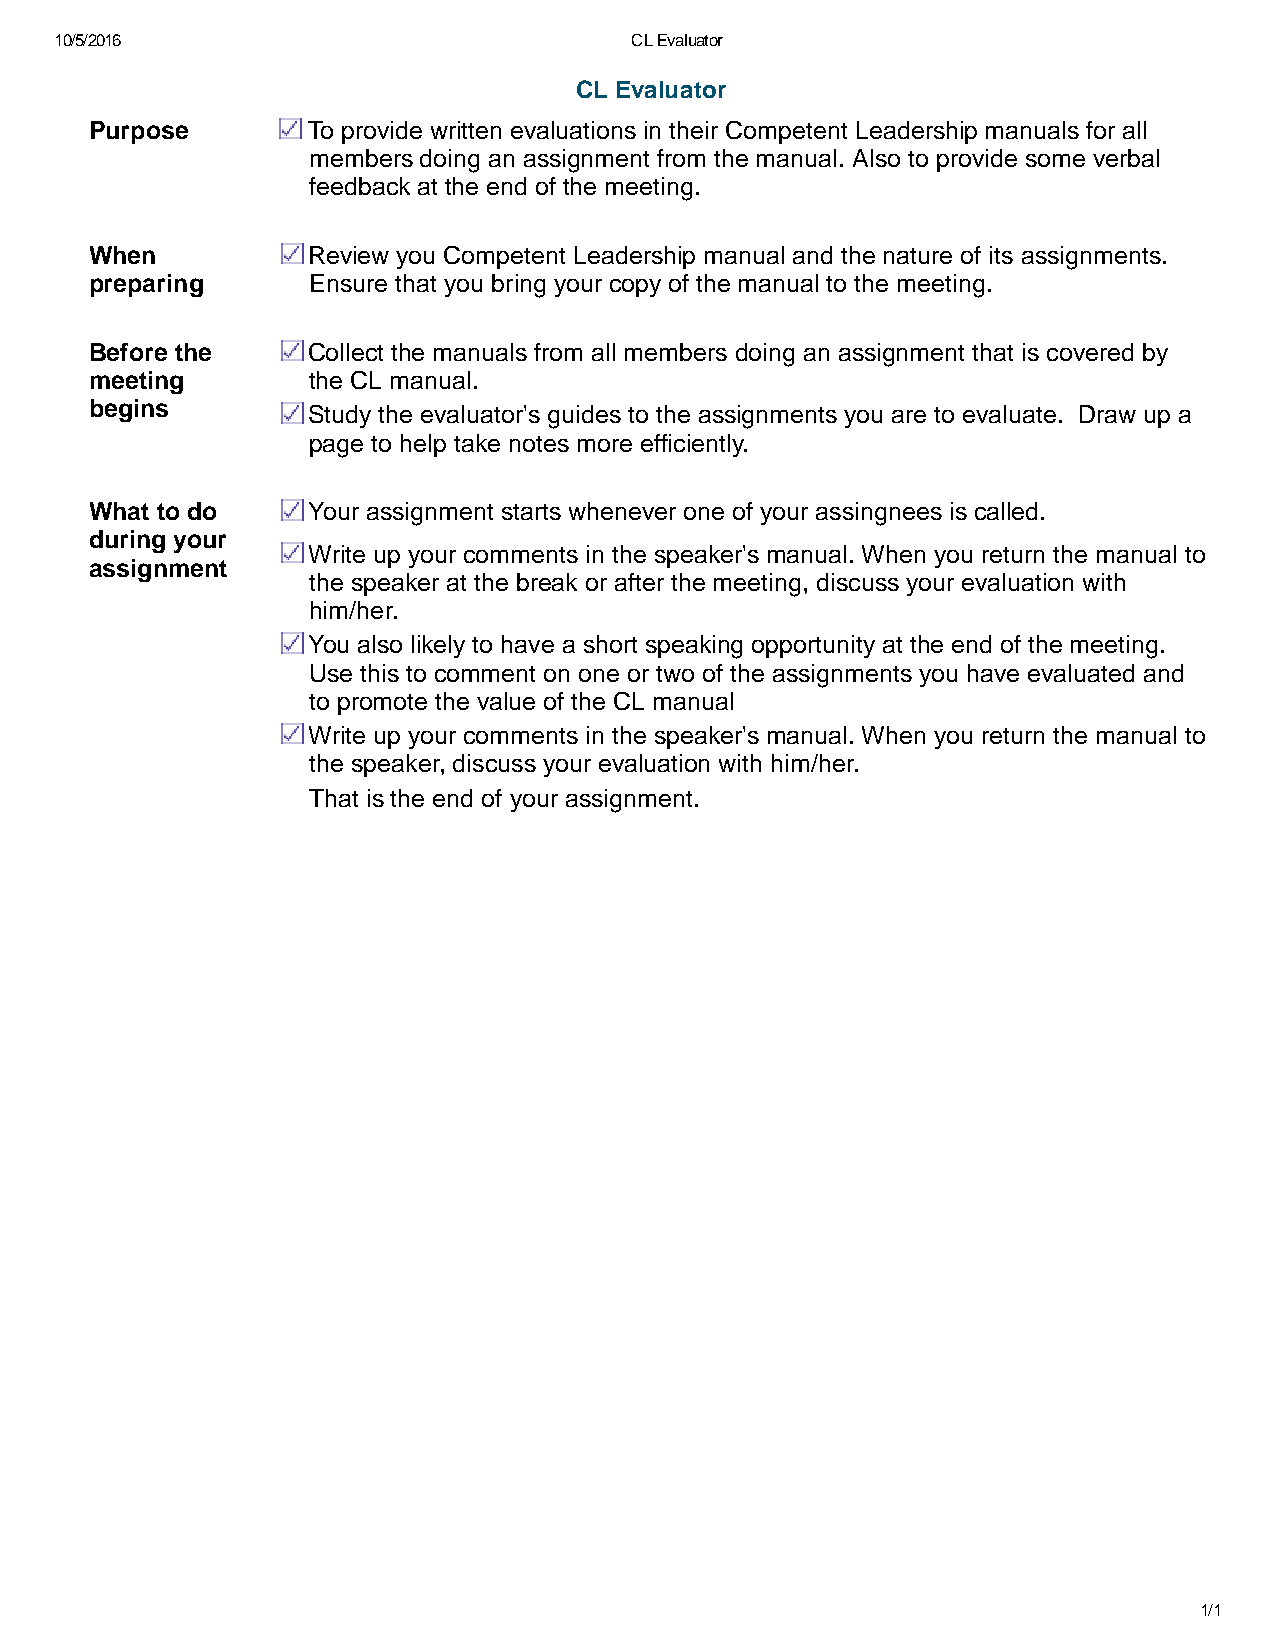
10/5/2016                             CL Evaluator
 CL Evaluator
 Purpose       To provide written evaluations in their Competent Leadership manuals for all
 members doing an assignment from the manual. Also to provide some verbal
 feedback at the end of the meeting.
 When          Review you Competent Leadership manual and the nature of its assignments.
 preparing     Ensure that you bring your copy of the manual to the meeting.
 Before the    Collect the manuals from all members doing an assignment that is covered by
 meeting       the CL manual.
 begins        Study the evaluator's guides to the assignments you are to evaluate. Draw up a
 page to help take notes more efficiently.
 What to do    Your assignment starts whenever one of your assingnees is called.
 during your
 Write up your comments in the speaker's manual. When you return the manual to
 assignment
 the speaker at the break or after the meeting, discuss your evaluation with
 him/her.
 You also likely to have a short speaking opportunity at the end of the meeting.
 Use this to comment on one or two of the assignments you have evaluated and
 to promote the value of the CL manual
 Write up your comments in the speaker's manual. When you return the manual to
 the speaker, discuss your evaluation with him/her.
 That is the end of your assignment.
 1/1